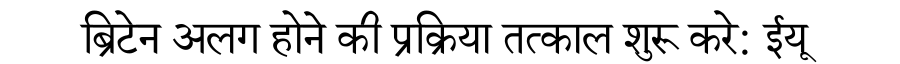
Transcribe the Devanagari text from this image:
ब्रिटेन अलग होने की प्रक्रिया तत्काल शुरू करे: ईयू